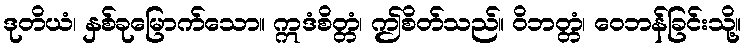
ဒုတိယံ၊ နှစ်ခုမြောက်သော။ ဣဒံစိတ္တံ၊ ဤစိတ်သည်။ ဝိဘတ္တံ၊ ဝေဘန်ခြင်းသို့။